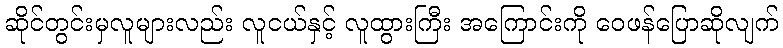
ဆိုင်တွင်းမှလူများလည်း လူငယ်နှင့် လူထွားကြီး အကြောင်းကို ဝေဖန်ပြောဆိုလျက်